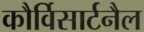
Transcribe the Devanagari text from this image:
कौर्विसार्टनैल